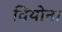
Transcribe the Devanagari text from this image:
वियोना